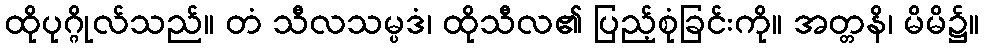
ထိုပုဂ္ဂိုလ်သည်။ တံ သီလသမ္ပဒံ၊ ထိုသီလ၏ ပြည့်စုံခြင်းကို။ အတ္တနိ၊ မိမိ၌။